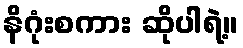
နိဂုံးစကား ဆိုပါရဲ့။